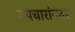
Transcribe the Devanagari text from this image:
उपचारांनंतर